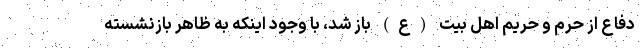
دفاع از حرم و حریم اهل بیت (ع) باز شد، با وجود اینکه به ظاهر بازنشسته